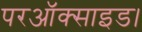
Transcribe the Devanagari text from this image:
परऑक्साइड।